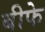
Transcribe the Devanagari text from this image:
बीफे